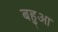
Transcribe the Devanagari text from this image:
बहुआ